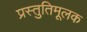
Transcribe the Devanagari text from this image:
प्रस्तुतिमूलक